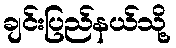
ချင်းပြည်နယ်သို့